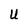
Character: U